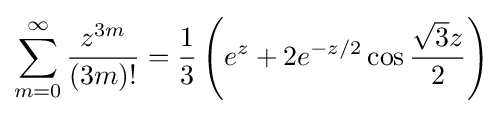
\sum _{m=0}^{\infty }{z^{3m} \over (3m)!}={\frac {1}{3}}\left(e^{z}+2e^{-z/2}\cos {\frac {{\sqrt {3}}z}{2}}\right)